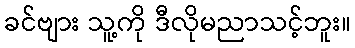
ခင်ဗျား သူ့ကို ဒီလိုမညာသင့်ဘူး။